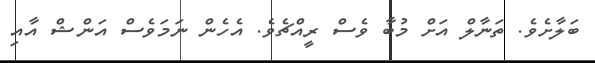
ބަލާށެވެ. ތަނާލް އަށް މުބާ ވެސް ރީއްޗެވެ. އެހެން ނަމަވެސް އަންޝް އާއި